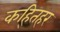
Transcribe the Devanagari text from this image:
कह्तिहर